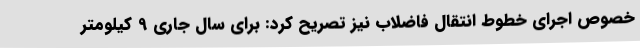
خصوص اجرای خطوط انتقال فاضلاب نیز تصریح کرد: برای سال جاری 9 کیلومتر